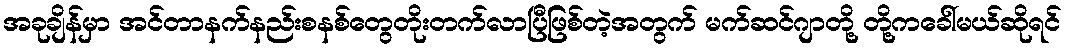
အခုချိန်မှာ အင်တာနက်နည်းစနစ်တွေတိုးတက်လာပြီဖြစ်တဲ့အတွက် မက်ဆင်ဂျာတို့ တို့ကခေါ်မယ်ဆိုရင်